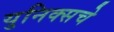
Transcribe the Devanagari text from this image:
युनिक्सचे